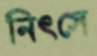
নিৎসে